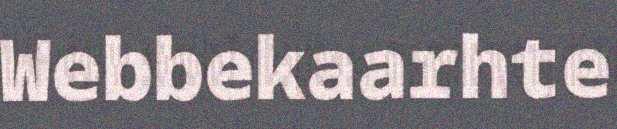
Webbekaarhte